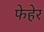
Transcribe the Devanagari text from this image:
फेहेर